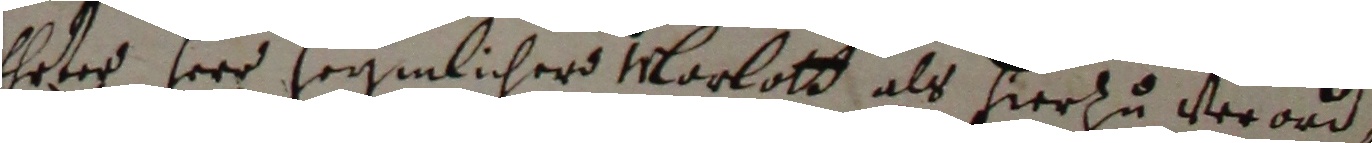
Erres herr heymlicher Marlott als hierzu verordn,